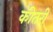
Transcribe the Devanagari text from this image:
कीतरी